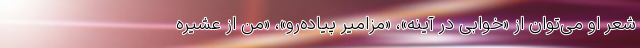
شعر او می‌توان از «خوابی در آینه»، «مزامیر پیاده‌رو»، «من از عشیره